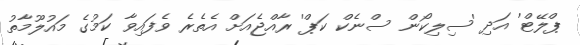
ޕްލޭޓް' އަދި 'ސިލިކޯން ސްނެކް ކަޕް' ރާއްޖެއަށް އެތެރެ ވެފައިވާ ކަމުގެ މައުލޫމާތު